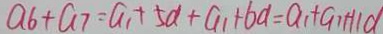
a _ { 6 } + a _ { 7 } = a _ { 1 } + 5 a + a _ { 1 } + 6 a = a _ { 1 } + 1 1 d